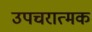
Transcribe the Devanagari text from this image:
उपचरात्मक